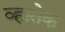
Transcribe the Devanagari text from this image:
व्हासेक